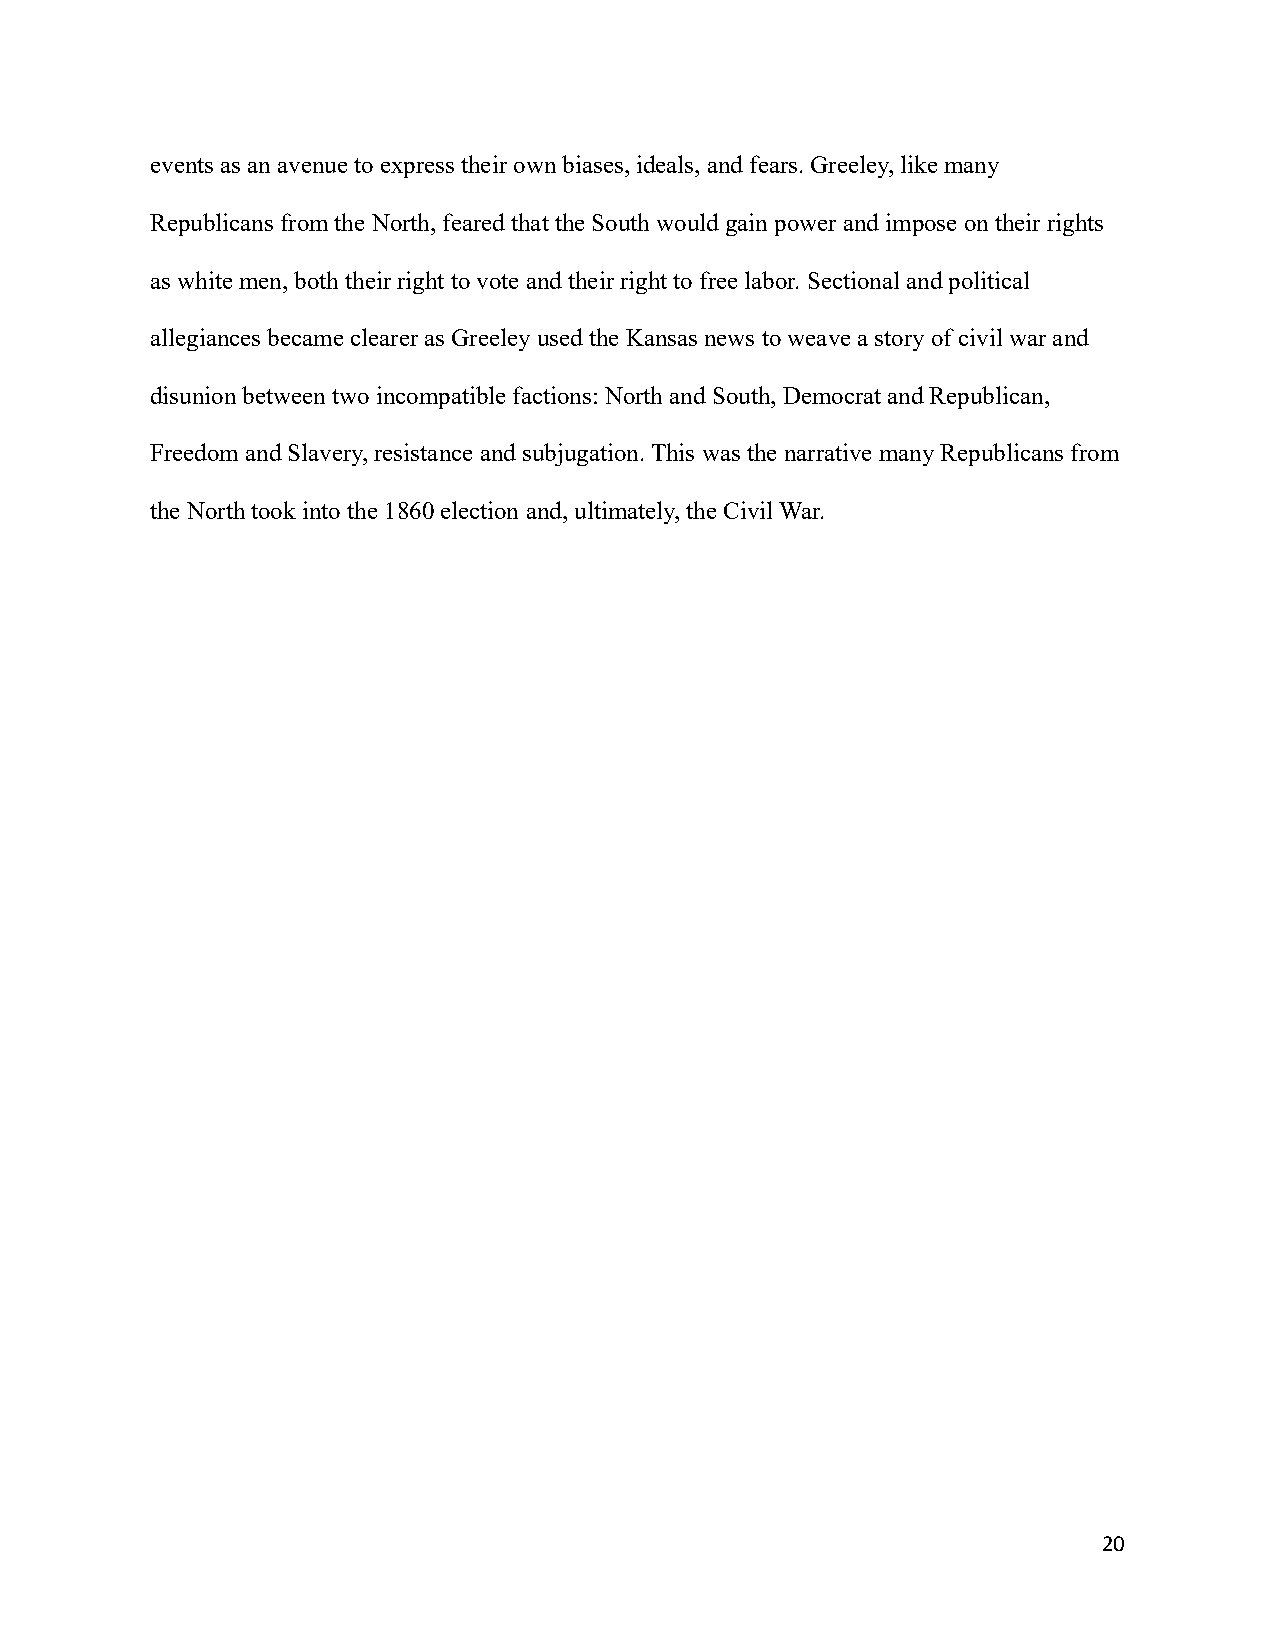
events as an avenue to express their own biases, ideals, and fears. Greeley, like many
 Republicans from the North, feared that the Southwould gain power and impose on their rights
 as white men, both their right to vote and their rightto free labor. Sectional and political
 allegiances became clearer as Greeley used the Kansas news to weave a story of civil war and
 disunion between two incompatible factions: Northand South, Democrat and Republican,
 Freedom and Slavery, resistance and subjugation. This was the narrative many Republicans from
 the North took into the 1860 election and, ultimately,the Civil War.
 20